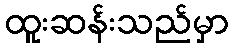
ထူးဆန်းသည်မှာ